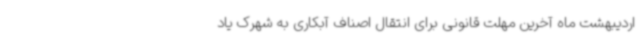
اردیبهشت ماه آخرین مهلت قانونی برای انتقال اصناف آبکاری به شهرک یاد